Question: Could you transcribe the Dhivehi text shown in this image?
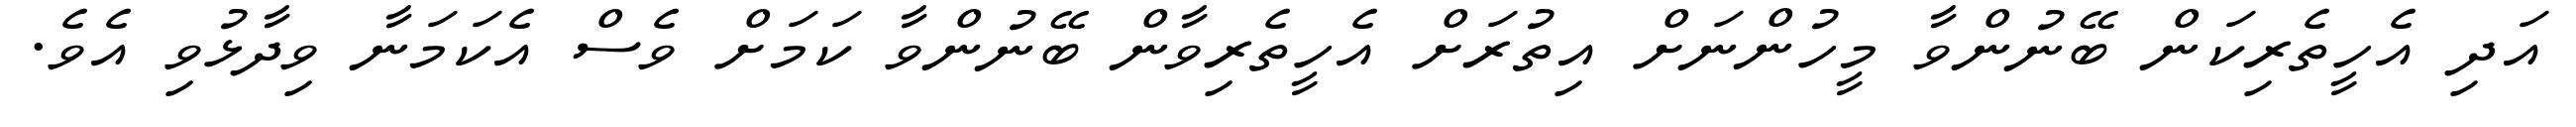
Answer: އަދި އެހީތެރިކަން ބޭނުންވާ މީހުންނަށް އިތުރަށް އެހީތެރިވާން ބޭނުންވާ ކަމަށް ވެސް އެކަމަނާ ވިދާޅުވި އެވެ.